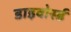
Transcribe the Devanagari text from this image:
डाइवोर्स्ड